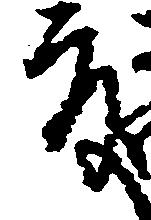
度